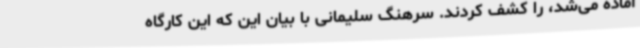
آماده می‌شد، را کشف کردند. سرهنگ سلیمانی با بیان این که این کارگاه